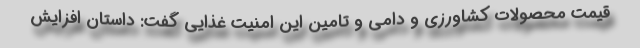
قیمت محصولات کشاورزی و دامی و تامین این امنیت غذایی گفت: داستان افزایش